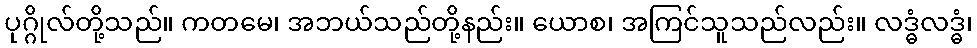
ပုဂ္ဂိုလ်တို့သည်။ ကတမေ၊ အဘယ်သည်တို့နည်း။ ယောစ၊ အကြင်သူသည်လည်း။ လဒ္ဓံလဒ္ဓံ၊